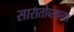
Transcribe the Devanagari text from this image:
सारातोव्स्काया